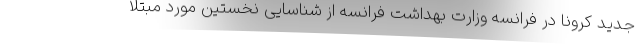
جدید کرونا در فرانسه وزارت بهداشت فرانسه از شناسایی نخستین مورد مبتلا